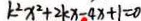
k ^ { 2 } x ^ { 2 } + 2 k x - 4 x + 1 = 0